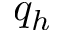
q _ { h }